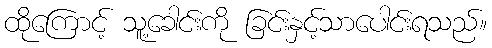
ထိုကြောင့် သူ့ခေါင်းကို ခြင်းနှင့်သာပေါင်းရသည်။